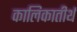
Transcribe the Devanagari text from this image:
कालिकातीर्थ